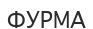
ФУРМА